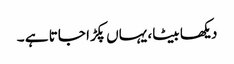
دیکھا بیٹا، یہاں پکڑا جاتا ہے ۔